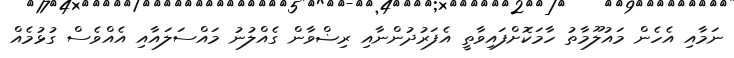
ނަމާއި އެހެން މައުލޫމާތު ހާމަކޮށްފައިވާތީ އެފަރުދުންނާއި ރިޟްވާން ގެއްލުނު މައްސަލައާއި އެއްވެސް ގުޅުމެއް